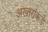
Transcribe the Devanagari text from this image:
अख्तरांकडे